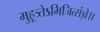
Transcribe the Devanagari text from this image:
मुहूत्र्तेऽभिजित्संज्ञे।।